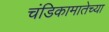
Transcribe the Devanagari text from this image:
चंडिकामातेच्या